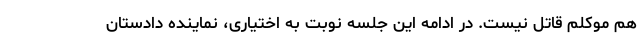
هم موکلم قاتل نیست. در ادامه این جلسه نوبت به اختیاری، نماینده دادستان